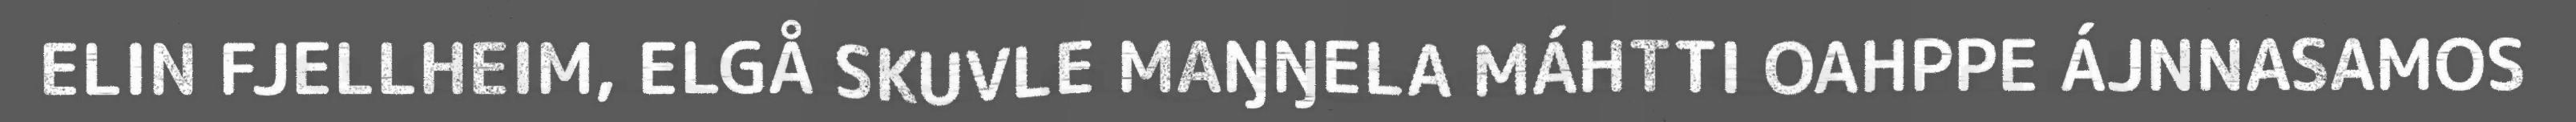
ELIN FJELLHEIM, ELGÅ SKUVLE MAŊŊELA MÁHTTI OAHPPE ÁJNNASAMOS